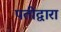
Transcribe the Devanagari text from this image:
पतीद्वारा